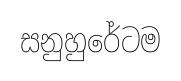
සනුහුරේටම